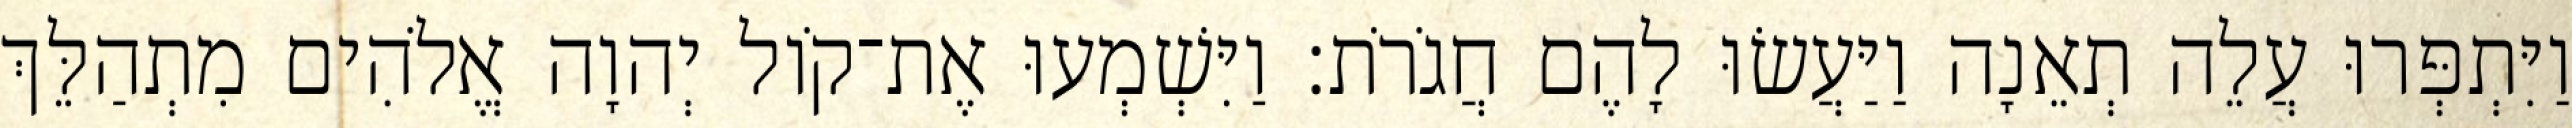
וַיִּתְפְּרוּ עֲלֵה תְאֵנָה וַיַּעֲשׂוּ לָהֶם חֲגֹרֹת׃ וַיִּשְׁמְעוּ אֶת־קֹול יְהוָה אֱלֹהִים מִתְהַלֵּךְ